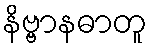
နိဗ္ဗာနဓာတူ